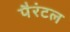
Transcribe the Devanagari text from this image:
पैरंटल